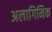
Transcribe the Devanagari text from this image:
अलागिनिक